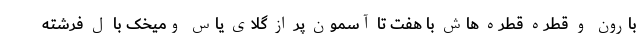
بارون و قطره قطره هاش با هفت تا آسمون پر از گلای یاس ومیخک با ل فرشته